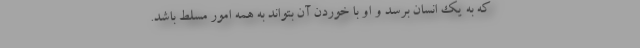
که به یک انسان برسد و او با خوردن آن بتواند به همه امور مسلط باشد.